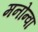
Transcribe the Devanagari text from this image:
मनोन्वा